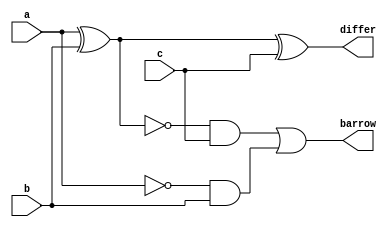
`timescale 1ns / 1ps
//////////////////////////////////////////////////////////////////////////////////
// Company: 
// Engineer: 
// 
// Design Name: 
// Module Name: FS_behavioral
// Project Name: 
// Target Devices: 
// Tool Versions: 
// Description: 
// 
// Dependencies: 
// 
// Revision:
// Revision 0.01 - File Created
// Additional Comments:
// 
//////////////////////////////////////////////////////////////////////////////////


module FS_behavioral(
    input a,
    input b,
    input c,
    output reg differ,
    output reg barrow
    );
    always @(*)
    begin 
    differ = (a^b)^c; 
    barrow = ~(a^b)&c | ~a&b;
    end
endmodule